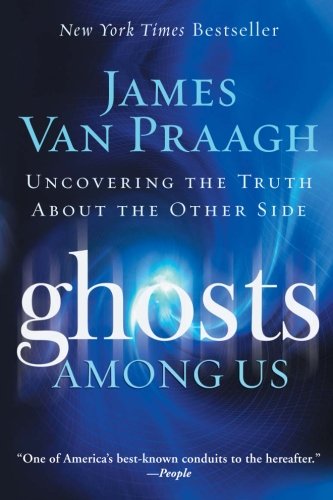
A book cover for Ghosts Among Us: Uncovering the Truth About the Other Side; James Van Praagh; Self-Help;